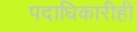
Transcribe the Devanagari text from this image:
पदाधिकारीही